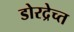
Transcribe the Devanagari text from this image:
डोरद्रेच्त